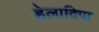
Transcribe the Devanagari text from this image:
हेलादिपा